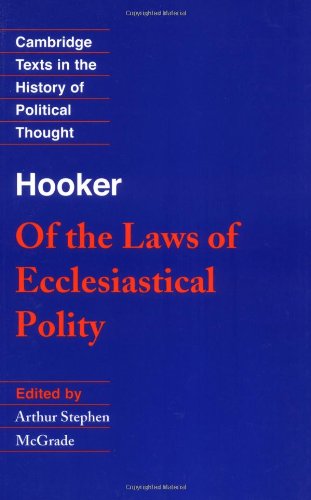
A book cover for Of the Laws of Ecclesiastical Polity (Cambridge Texts in the History of Political Thought); Richard Hooker; Christian Books & Bibles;